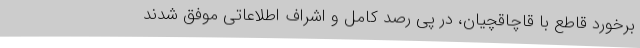
برخورد قاطع با قاچاقچیان، در پی رصد کامل و اشراف اطلاعاتی موفق شدند